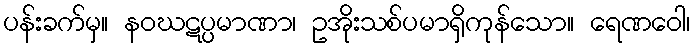
ပန်းခက်မှ။ နဝဃဋပ္ပမာဏာ၊ ဥအိုးသစ်ပမာရှိကုန်သော။ ရေဏဝေါ၊